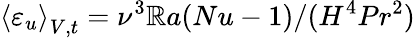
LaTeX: \left\langle\varepsilon_{u}\right\rangle_{V,t}=\nu^{3}\mathbb{R}a(Nu-1)/(H^{4}Pr^{2})